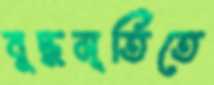
বুদ্ধমূর্তিতে